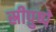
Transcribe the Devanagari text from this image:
स्रीपुष्पे